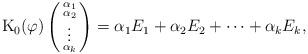
LaTeX: \begin{align*}& \mathrm{K}_{0}(\varphi) \left(\begin{smallmatrix}\alpha_1\\\alpha_2\\\vdots\\\alpha_k\end{smallmatrix} \right)=\alpha_{1}E_{1}+\alpha_{2}E_{2}+ \cdots + \alpha_{k}E_{k},\end{align*}